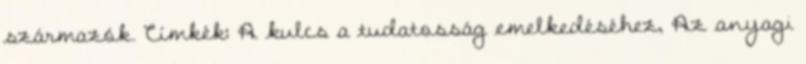
származók. Címkék: A kulcs a tudatosság emelkedéséhez, Az anyagi